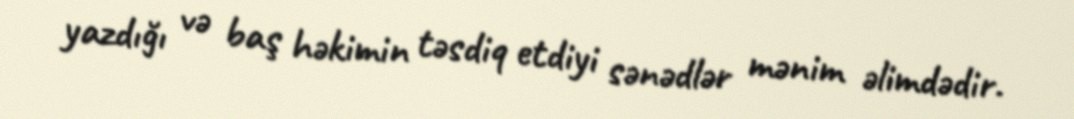
yazdığı və baş həkimin təsdiq etdiyi sənədlər mənim əlimdədir.